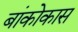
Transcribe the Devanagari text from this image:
बांकोकास